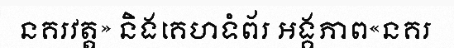
នគរវត្ត» និងគេហទំព័រ អង្គភាព«នគរ